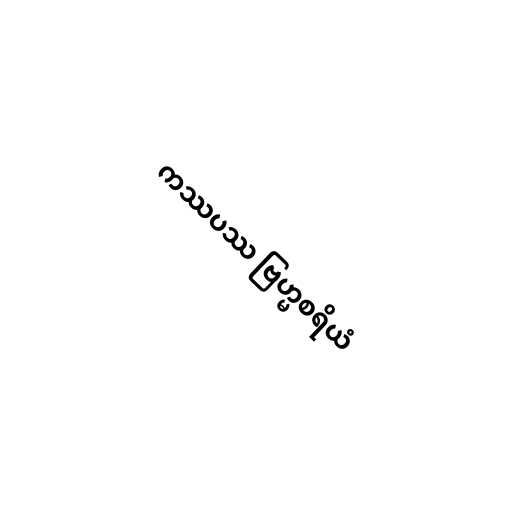
ကဿပဿ ဗြဟ္မစရိယံ